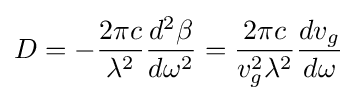
D=-{\frac {2\pi c}{\lambda ^{2}}}{\frac {d^{2}\beta }{d\omega ^{2}}}={\frac {2\pi c}{v_{g}^{2}\lambda ^{2}}}{\frac {dv_{g}}{d\omega }}